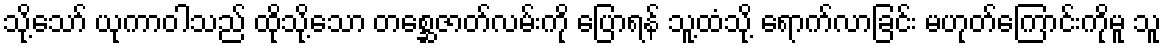
သို့သော် ယုကာဝါသည် ထိုသို့သော တစ္ဆေဇာတ်လမ်းကို ပြောရန် သူ့ထံသို့ ရောက်လာခြင်း မဟုတ်ကြောင်းကိုမူ သူ